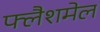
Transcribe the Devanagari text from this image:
फ्लैशमेल